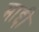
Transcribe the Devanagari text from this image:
माद्दी